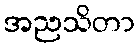
အညသိတာ